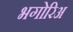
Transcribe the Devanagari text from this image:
भगोरिअ